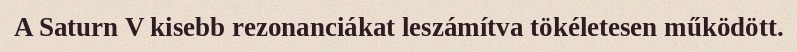
A Saturn V kisebb rezonanciákat leszámítva tökéletesen működött.